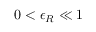
0 < \epsilon _ { R } \ll 1